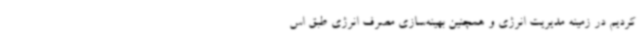
کردیم در زمینه مدیریت انرژی و همچنین بهینه‌سازی مصرف انرژی طبق اس